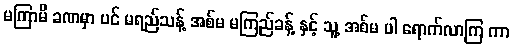
မကြာမီ ခဏမှာ ပင် မရည်သန့် အစ်မ မကြည်ခန့် နှင့် သူ့ အစ်မ ပါ ရောက်လာကြ ကာ